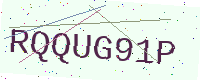
Text: RQQUG91P